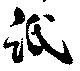
紙